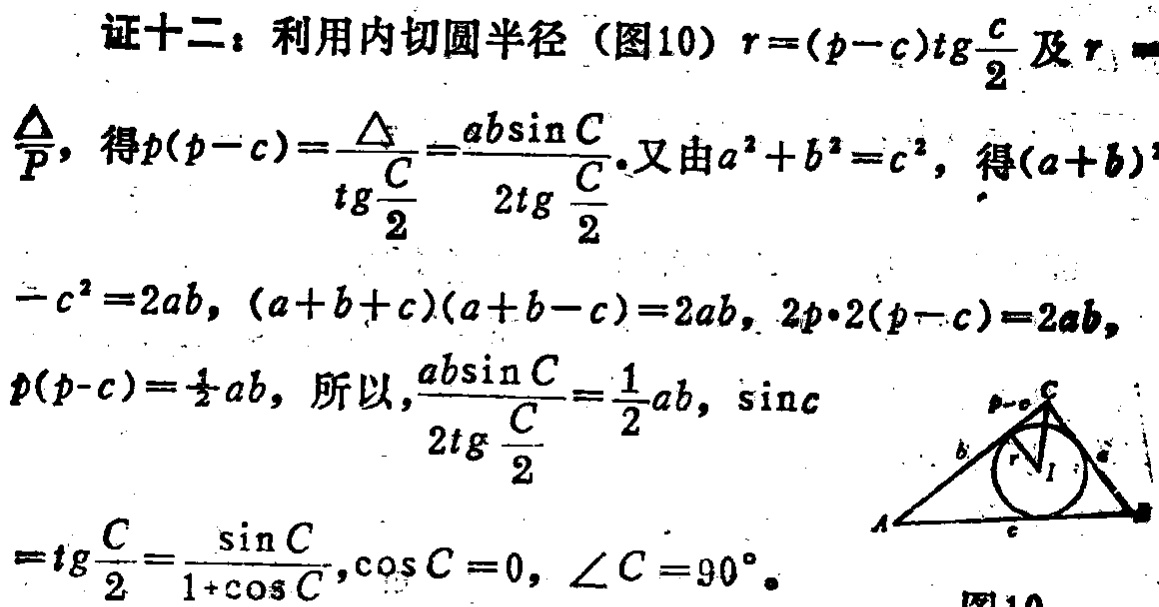
证十二：利用内切圆半径（图10）\(r = (p - c)\text{tg}\frac{C}{2}\)及\(r=\frac{\Delta}{p}\)，得\(p(p - c)=\frac{\Delta}{\text{tg}\frac{C}{2}}=\frac{ab\sin C}{2\text{tg}\frac{C}{2}}\)。又由\(a^{2}+b^{2}=c^{2}\)，得\((a + b)^{2}-c^{2}=2ab\)，\((a + b + c)(a + b - c)=2ab\)，\(2p\cdot2(p - c)=2ab\)，\(p(p - c)=\frac{1}{2}ab\)，所以，\(\frac{ab\sin C}{2\text{tg}\frac{C}{2}}=\frac{1}{2}ab\)，\(\sin C=\text{tg}\frac{C}{2}=\frac{\sin C}{1 + \cos C}\)，\(\cos C = 0\)，\(\angle C = 90^{\circ}\)。